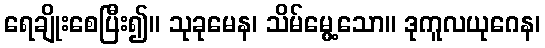
ရေချိုးစေပြီး၍။ သုခုမေန၊ သိမ်မွေ့သော။ ဒုကူလယုဂေန၊